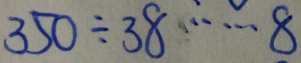
3 5 0 \div 3 8 \cdots 8